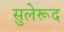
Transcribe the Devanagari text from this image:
सुलेरूद